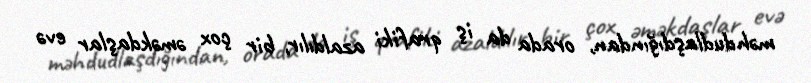
məhdudlaşdığından, orada da iş qrafiki azaldılır, bir çox əməkdaşlar evə